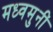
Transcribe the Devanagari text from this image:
मध्वमुनीं